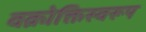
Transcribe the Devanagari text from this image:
वक्रोक्तिस्वरूप